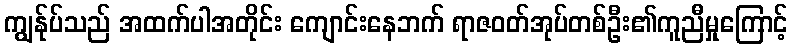
ကျွန်ုပ်သည် အထက်ပါအတိုင်း ကျောင်းနေဘက် ရာဇဝတ်အုပ်တစ်ဦး၏ကူညီမှုကြောင့်